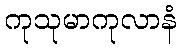
ကုသုမာကုလာနံ